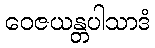
ဝေဇယန္တပါသာဒံ